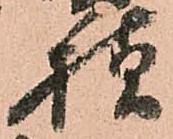
様